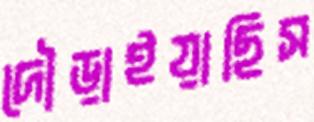
দৌড়াইয়াছিস